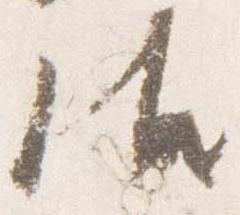
御